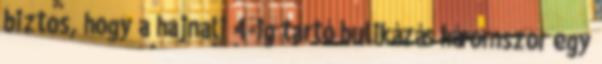
biztos, hogy a hajnali 4-ig tartó bulikázás háromszor egy